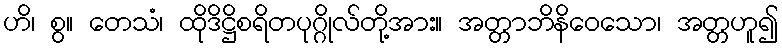
ဟိ၊ စွ။ တေသံ၊ ထိုဒိဋ္ဌိစရိတပုဂ္ဂိုလ်တို့အား။ အတ္တာဘိနိဝေသော၊ အတ္တဟူ၍